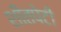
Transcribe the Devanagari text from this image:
शीतपेटी